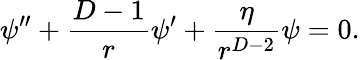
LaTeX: \psi^{\prime\prime}+\frac{D-1}{r}\psi^{\prime}+\frac{\eta}{r^{D-2}}\psi=0.